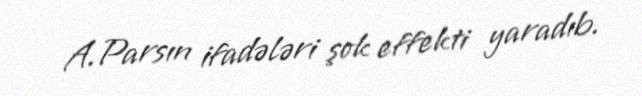
A.Parsın ifadələri şok effekti yaradıb.